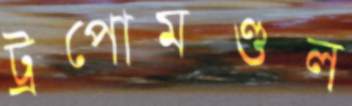
ট্রপোমণ্ডল